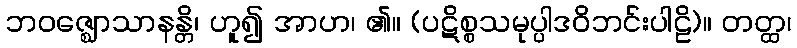
ဘဝဇ္ဈောသာနန္တိ၊ ဟူ၍ အာဟ၊ ၏။ (ပဋိစ္စသမုပ္ပါဒဝိဘင်းပါဠိ)။ တတ္ထ၊